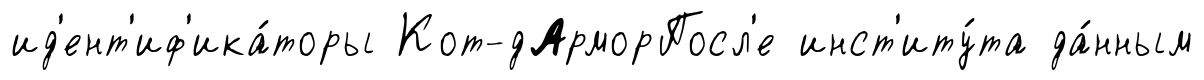
ид'ент'иф'ика́торы Кот-дАрморПосл'е инст'иту́та да́нным